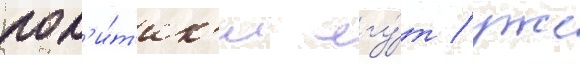
пол'и́т'ик'и лгу́т / уже